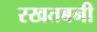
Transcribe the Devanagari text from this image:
रखतबनी